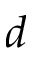
d